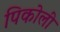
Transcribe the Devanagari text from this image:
पिकोली